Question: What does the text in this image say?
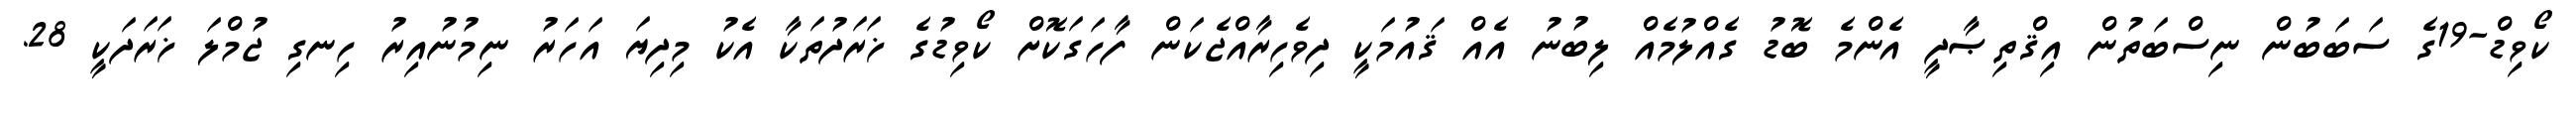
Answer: ކޯވިޑް-19ގެ ސަބަބުން ނިސްބަތުން އިޤްތިޞާދީ އެންމެ ބޮޑު ގެއްލުމެއް ލިބުނު އެއް ޤައުމަކީ ދިވެހިރާއްޖެކަން ފާހަގަކޮށް ކޯވިޑުގެ ޚަރަދުތަކާ އެކު މިދިޔަ އަހަރު ނިމުނުއިރު ހިނގި ޖުމްލަ ޚަރަދަކީ 28.